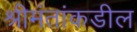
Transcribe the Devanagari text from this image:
श्रीमंतांकडील